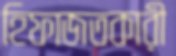
হিফাজতকারী